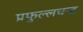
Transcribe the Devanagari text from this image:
प्रफुल्लचन्द्र